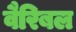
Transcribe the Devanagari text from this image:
वैरिबल